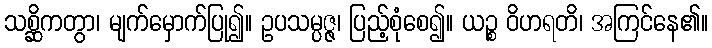
သစ္ဆိကတွာ၊ မျက်မှောက်ပြု၍။ ဥပသမ္ပဇ္ဇ၊ ပြည့်စုံစေ၍။ ယဉ္စ ဝိဟရတိ၊ အကြင်နေ၏။